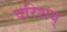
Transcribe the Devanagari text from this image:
वरिशय्